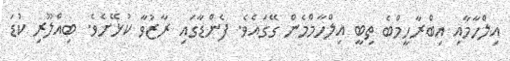
އިލްހާމާއި އިބްރާހީމްބެ ތިބީ އިލްހާމްމެން ގޭގައެވެ. ފެންޑާގައި ރާޒުވާ ކުޅޭށެވެ. ބިއްލޫރި ކުޑަ